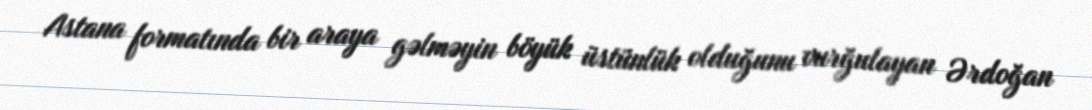
Astana formatında bir araya gəlməyin böyük üstünlük olduğunu vurğulayan Ərdoğan